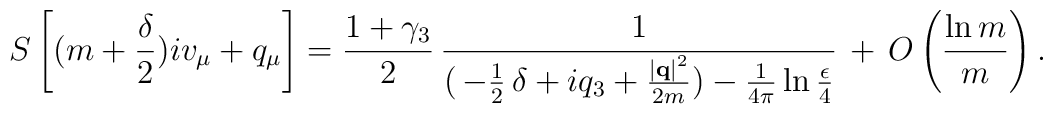
S\left[(m+\frac{\delta}{2})iv_\mu+q_\mu \right] = \frac{1+\gamma_3}{2}\, \frac{1}{(\mbox{$ \,  -\frac{1}{2} \,$} \delta+iq_3+\frac{\left|{\bf q}\right|^2}{2m})-\frac{1}{4\pi} \ln \frac{\epsilon}{4}} \, + \, O\left(\frac{\ln m}{m}\right).